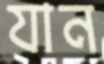
যান